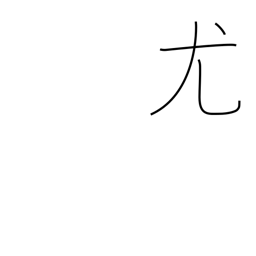
Meaning: natural